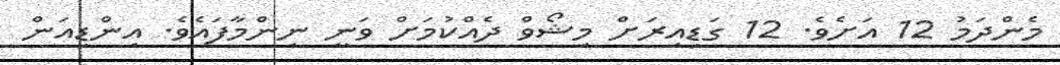
މެންދަމު 12 އަށެވެ. 12 ގަޑިއިރަށް މިޝޯވް ދެއްކުމަށް ވަނީ ނިންމާފައެވެ. އިންޑިއަން